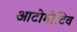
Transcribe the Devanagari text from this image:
आटोमोटिव